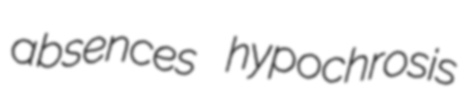
absences hypochrosis